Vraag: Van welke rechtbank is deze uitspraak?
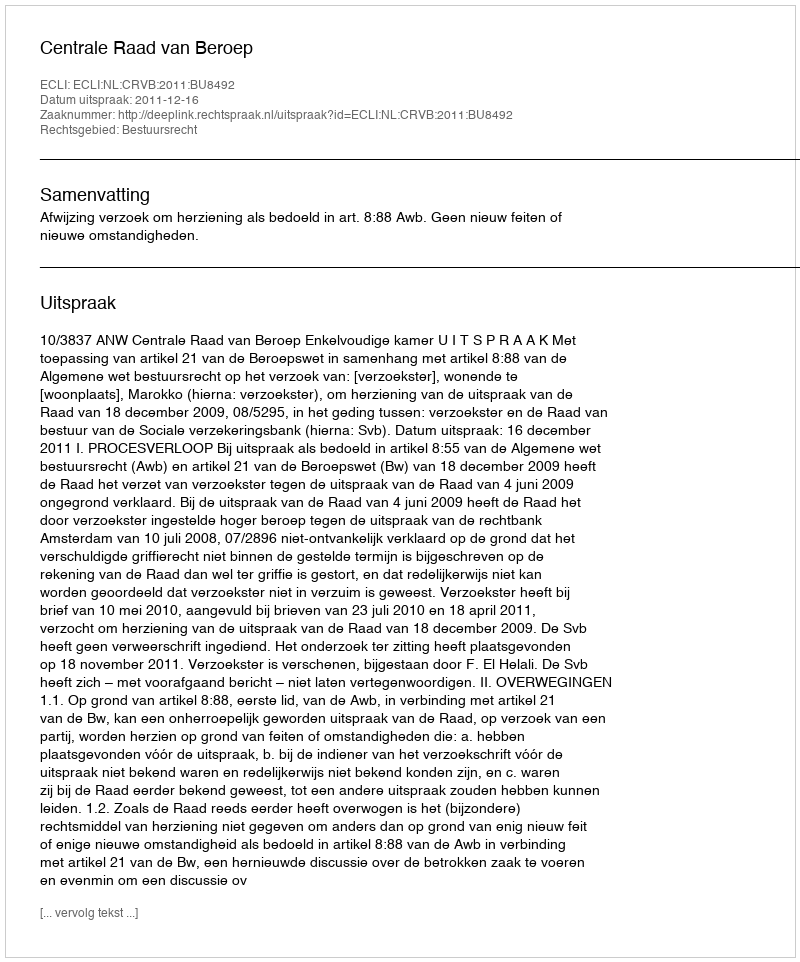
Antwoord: Centrale Raad van Beroep